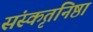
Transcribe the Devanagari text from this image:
संस्कृतनिष्ठा